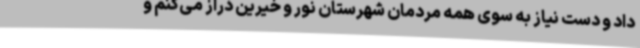
داد و دست نیاز به سوی همه مردمان شهرستان نور و خیرین دراز می‌کنم و